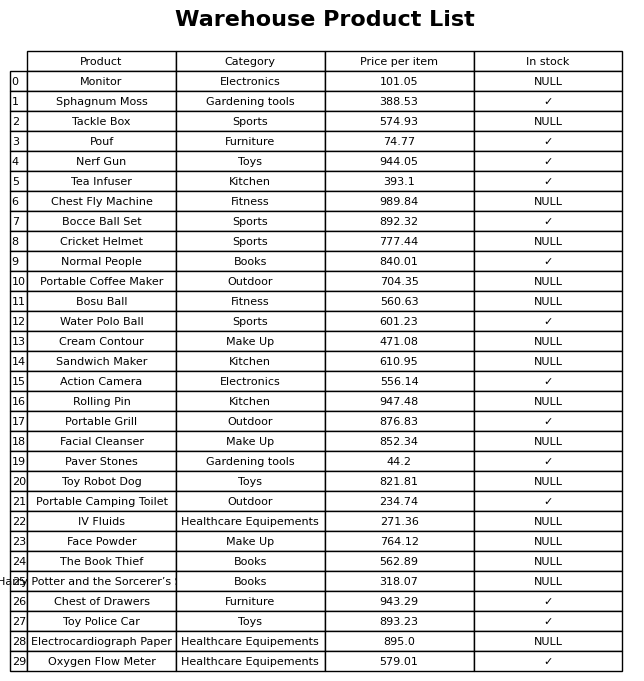
question: What category does the Toy Robot Dog belong to?
answer: Toys